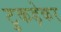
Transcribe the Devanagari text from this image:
टुकड़ेकर